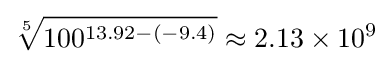
{\sqrt[{5}]{100^{13.92-\left(-9.4\right)}}}\approx 2.13\times 10^{9}